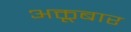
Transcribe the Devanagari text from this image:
अक्तूबार